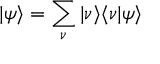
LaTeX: | \psi \rangle = \sum _ { \nu } | \nu \rangle \langle \nu | \psi \rangle